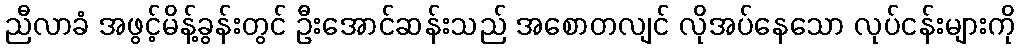
ညီလာခံ အဖွင့်မိန့်ခွန်းတွင် ဦးအောင်ဆန်းသည် အစောတလျင် လိုအပ်နေသော လုပ်ငန်းများကို